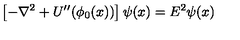
\left[ - \nabla ^ { 2 } + U ^ { \prime \prime } ( \phi _ { 0 } ( x ) ) \right] \psi ( x ) = E ^ { 2 } \psi ( x )